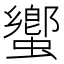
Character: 蠁